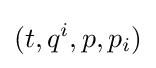
(t,q^{i},p,p_{i})